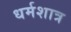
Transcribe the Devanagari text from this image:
धर्मशात्र